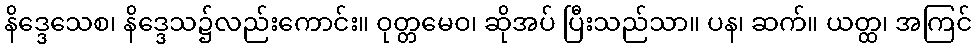
နိဒ္ဒေသေစ၊ နိဒ္ဒေသ၌လည်းကောင်း။ ဝုတ္တမေဝ၊ ဆိုအပ် ပြီးသည်သာ။ ပန၊ ဆက်။ ယတ္ထ၊ အကြင်